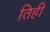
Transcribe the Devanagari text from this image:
तिही